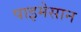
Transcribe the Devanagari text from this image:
पाइमेसान